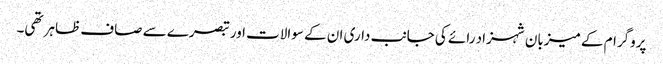
پروگرام کے میزبان شہزاد رائے کی جانب داری ان کے سوالات اور تبصرے سے صاف ظاہر تھی۔